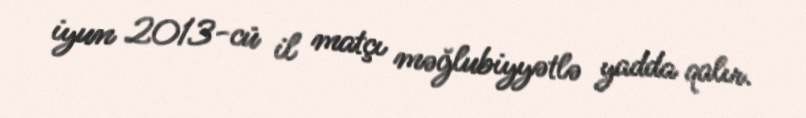
iyun 2013-cü il matçı məğlubiyyətlə yadda qalır.